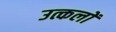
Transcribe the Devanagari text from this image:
उत्कलों